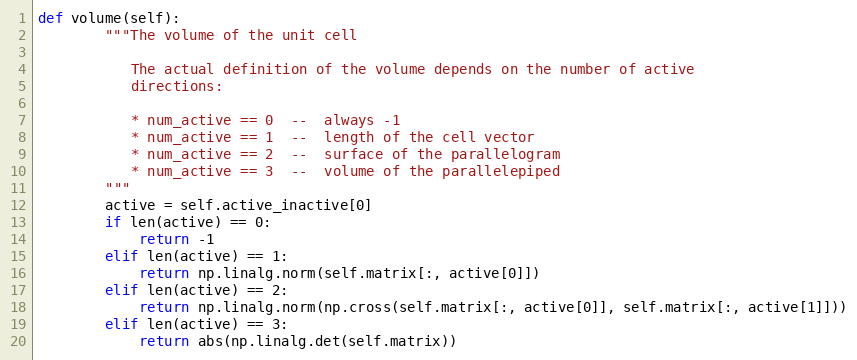
Language: Python
def volume(self):
        """The volume of the unit cell

           The actual definition of the volume depends on the number of active
           directions:

           * num_active == 0  --  always -1
           * num_active == 1  --  length of the cell vector
           * num_active == 2  --  surface of the parallelogram
           * num_active == 3  --  volume of the parallelepiped
        """
        active = self.active_inactive[0]
        if len(active) == 0:
            return -1
        elif len(active) == 1:
            return np.linalg.norm(self.matrix[:, active[0]])
        elif len(active) == 2:
            return np.linalg.norm(np.cross(self.matrix[:, active[0]], self.matrix[:, active[1]]))
        elif len(active) == 3:
            return abs(np.linalg.det(self.matrix))